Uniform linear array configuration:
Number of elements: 48
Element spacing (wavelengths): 0.25
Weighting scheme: kaiser
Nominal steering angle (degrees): -60
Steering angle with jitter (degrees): -58.948
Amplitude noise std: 0.05
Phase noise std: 0.05

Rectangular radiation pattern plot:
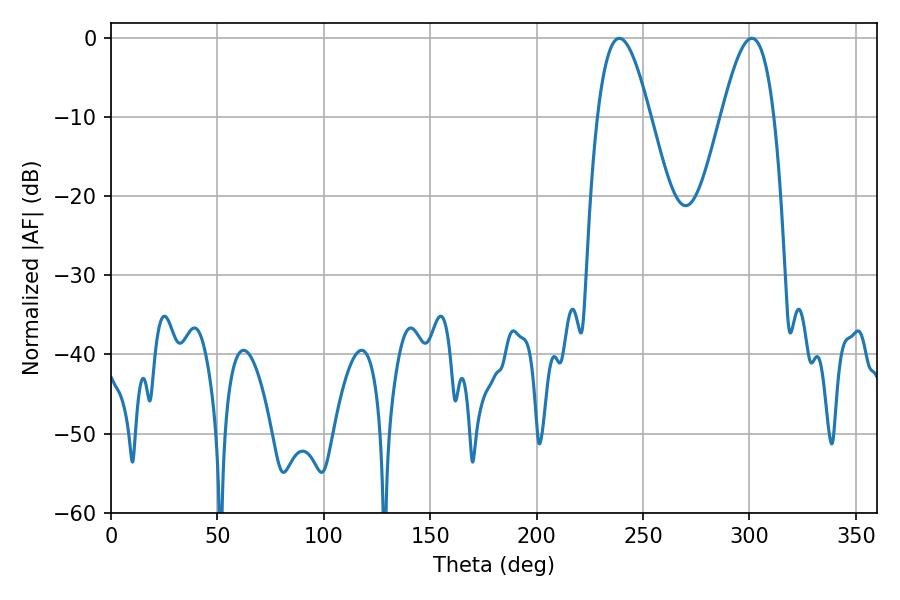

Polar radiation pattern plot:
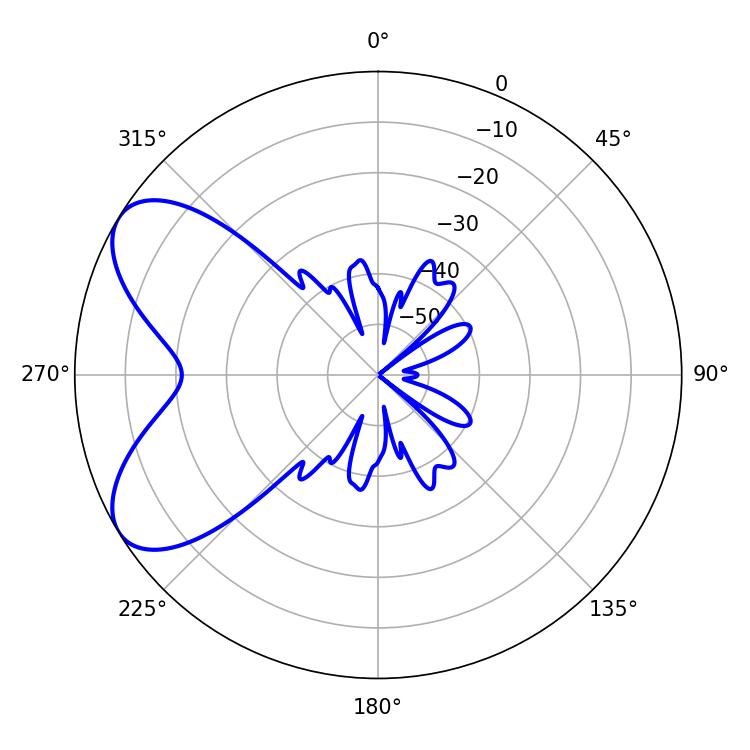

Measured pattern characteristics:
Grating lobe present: FALSE
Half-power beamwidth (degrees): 13.5
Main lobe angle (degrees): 301.14